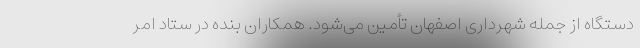
دستگاه از جمله شهرداری اصفهان تأمین می‌شود. همکاران بنده در ستاد امر